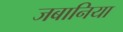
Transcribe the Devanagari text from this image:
जबानिया